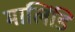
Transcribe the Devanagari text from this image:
मालिंडि